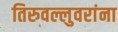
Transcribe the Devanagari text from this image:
तिरुवल्लुवरांना